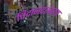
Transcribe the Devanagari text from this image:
चिदानंदस्वरूप